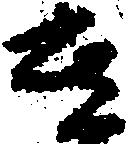
き